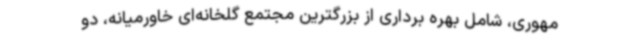
مهوری، شامل بهره برداری از بزرگترین مجتمع گلخانه‌ای خاورمیانه، دو